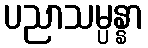
ပညာသမ္ပန္နာ